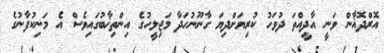
އޮރްދޮޣާން ވަނީ އާދީއްތަ ދުވަހު ކުރިޔަށްދިޔަ ގާނޫނުހަދާ މަަޖިލީހުގެ އިންތިޚާބުގައިވެސް އެ މަނިކުފާނުގެ